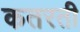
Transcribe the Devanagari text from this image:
कतरती